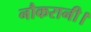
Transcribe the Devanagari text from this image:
नौकरानी।